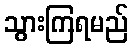
သွားကြရမည်